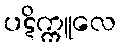
ပဋိက္ကူလေ